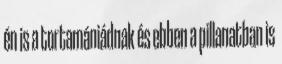
én is a tortamániádnak és ebben a pillanatban is